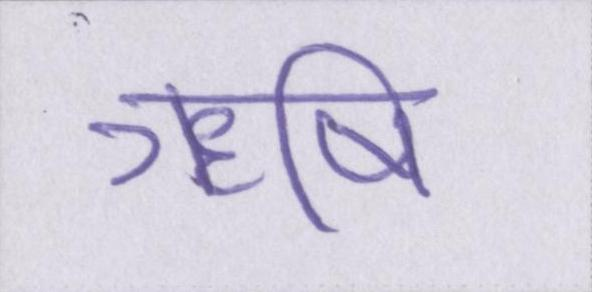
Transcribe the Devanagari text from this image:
ॠषि